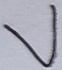
Text: V